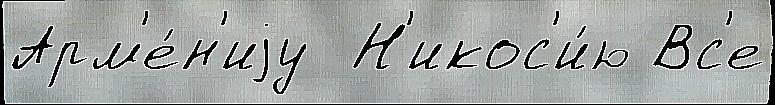
Арм'е́н'иjу  Н'икос'и́ю Вс'е